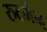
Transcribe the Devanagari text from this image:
रुटगेन